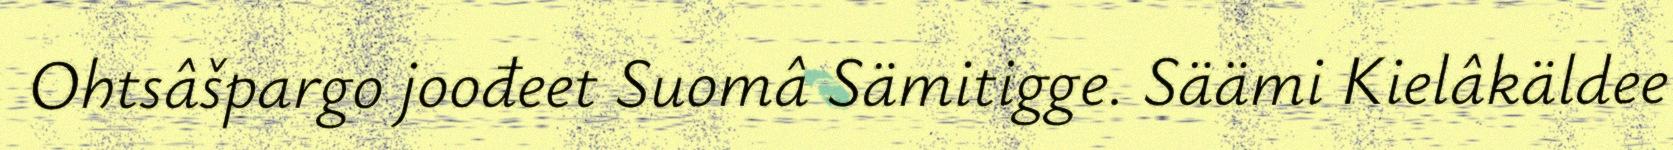
Ohtsâšpargo joođeet Suomâ Sämitigge. Säämi Kielâkäldee